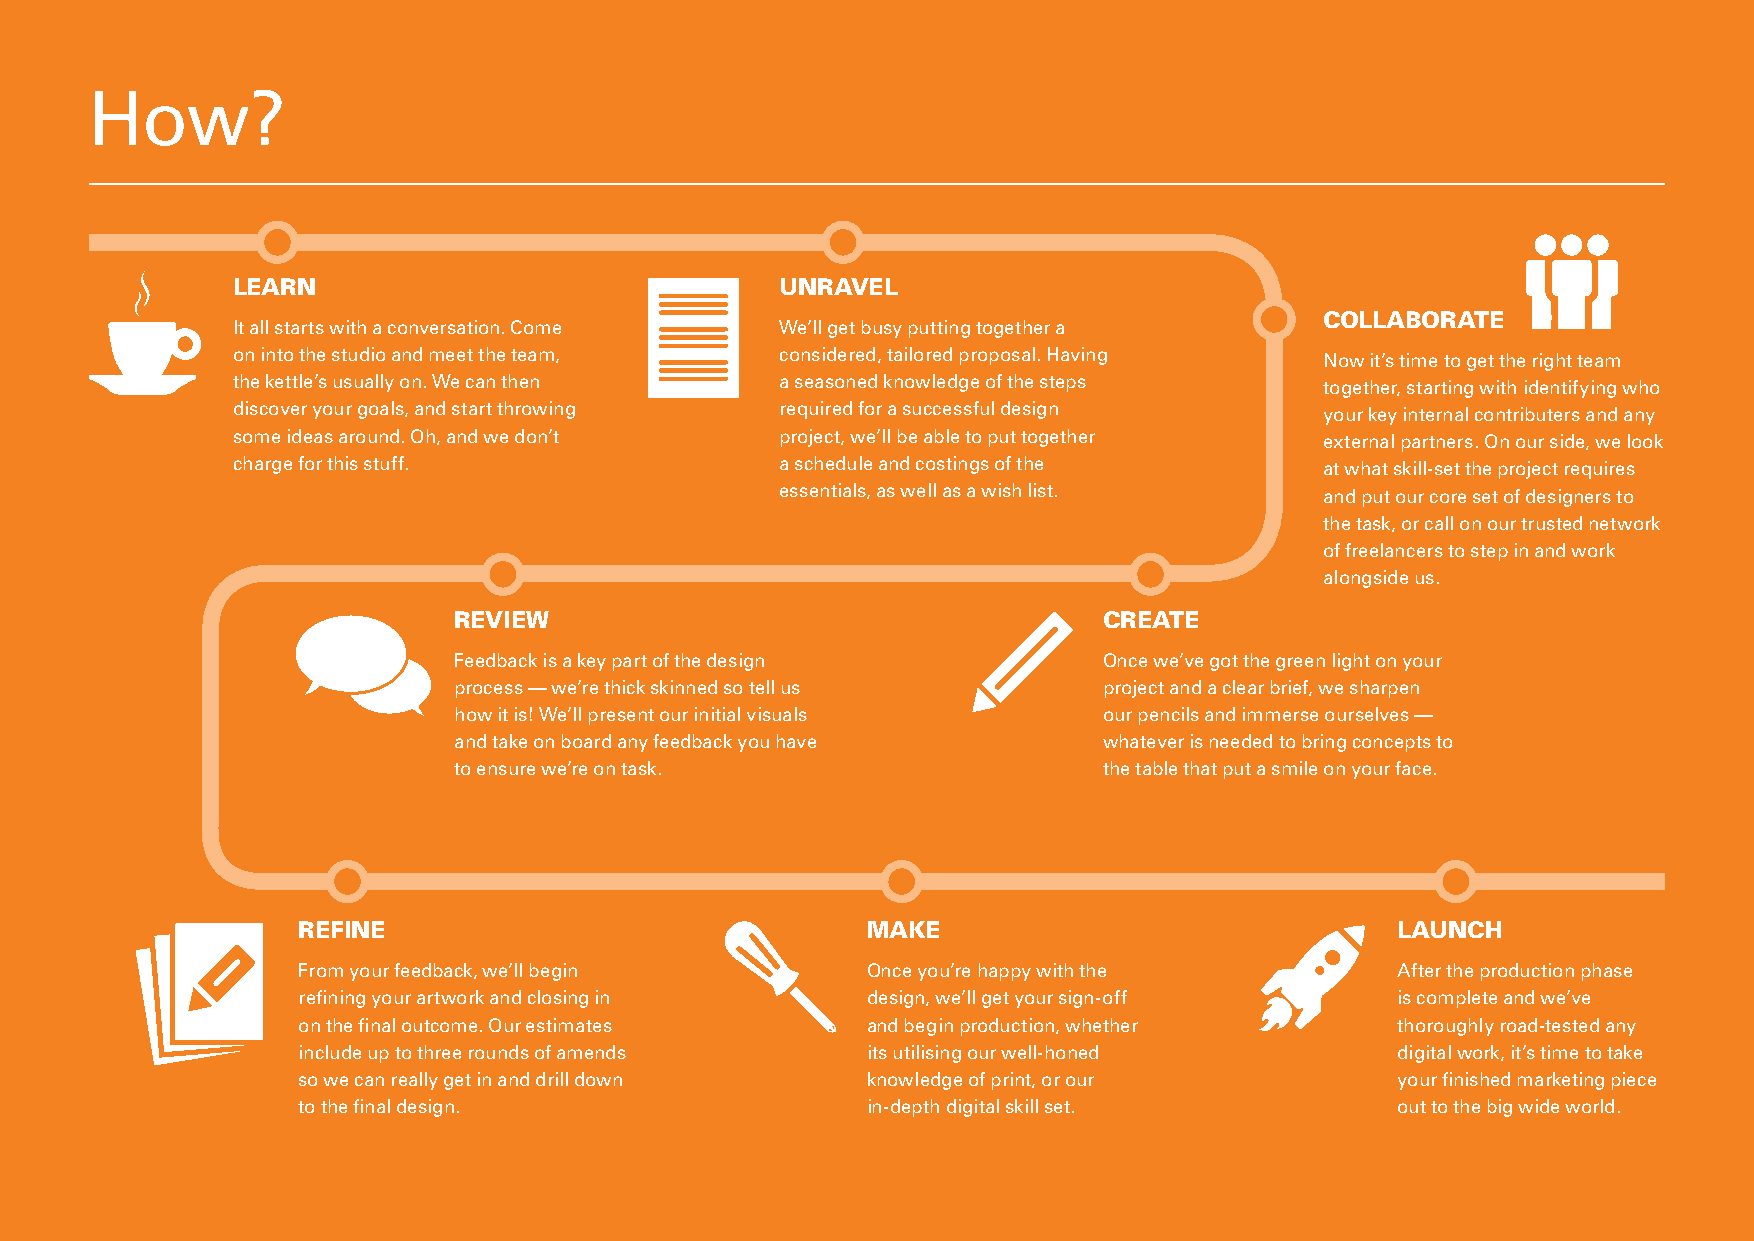
How?
 LEARN                                UNRAVEL
 COLLABORATE
 It all starts with a conversation. Come We’ll get busy putting together a
 on into the studio and meet the team, considered, tailored proposal. Having Now it’s time to get the right team
 the kettle’s usually on. We can then a seasoned knowledge of the steps   together, starting with identifying who
 discover your goals, and start throwing required for a successful design your key internal contributers and any
 some ideas around. Oh, and we don’t  project, we’ll be able to put together external partners. On our side, we look
 charge for this stuff.               a schedule and costings of the      at what skill-set the project requires
 essentials, as well as a wish list. and put our core set of designers to
 the task, or call on our trusted network
 of freelancers to step in and work
 alongside us.
 REVIEW                                     CREATE
 Feedback is a key part of the design       Once we’ve got the green light on your
 process — we’re thick skinned so tell us   project and a clear brief, we sharpen
 how it is! We’ll present our initial visuals our pencils and immerse ourselves —
 and take on board any feedback you have    whatever is needed to bring concepts to
 to ensure we’re on task.                   the table that put a smile on your face.
 REFINE                               MAKE                               LAUNCH
 From your feedback, we’ll begin      Once you’re happy with the         After the production phase
 refining your artwork and closing in design, we’ll get your sign-off    is complete and we’ve
 on the final outcome. Our estimates  and begin production, whether      thoroughly road-tested any
 include up to three rounds of amends its utilising our well-honed       digital work, it’s time to take
 so we can really get in and drill down knowledge of print, or our       your finished marketing piece
 to the final design.                 in-depth digital skill set.        out to the big wide world.